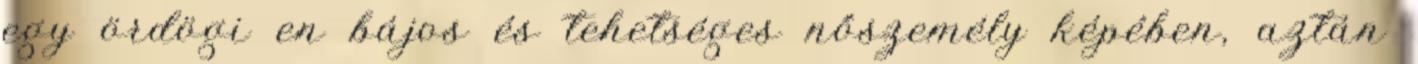
egy ördögi en bájos és tehetséges nőszemély képében, aztán